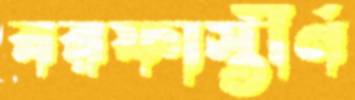
বরফাস্তীর্ণ